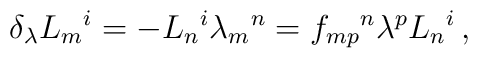
\delta_{\lambda} L_{m}{}^{i} = -L_{n}{}^{i} \lambda_{m}{}^{n}=f_{mp}{}^{n} \lambda^{p} L_{n}{}^{i}\, ,